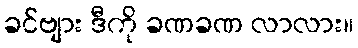
ခင်ဗျား ဒီကို ခဏခဏ လာလား။